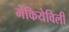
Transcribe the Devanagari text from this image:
मेकियेविली